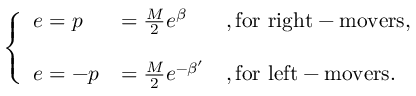
\left\{ \begin{array} { l l l } { { e = p } } & { { = \frac { M } { 2 } e ^ { \beta } } } & { { , \mathrm { f o r ~ r i g h t - m o v e r s } , } } \\ { { } } & { { } } & { { } } \\ { { e = - p } } & { { = \frac { M } { 2 } e ^ { - \beta ^ { \prime } } } } & { { , \mathrm { f o r ~ l e f t - m o v e r s } . } } \end{array} \right.